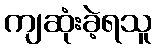
ကျဆုံးခဲ့ရသူ